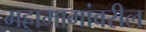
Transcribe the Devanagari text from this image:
महामागांवरील